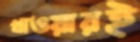
খাওয়ারই